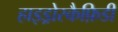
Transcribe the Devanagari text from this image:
हाइड्रोस्कैफ़िडी